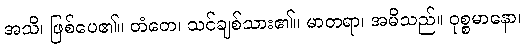
အသိ၊ ဖြစ်ပေ၏။ တံတေ၊ သင်ချစ်သား၏။ မာတရာ၊ အမိသည်။ ဝုစ္စမာနော၊